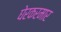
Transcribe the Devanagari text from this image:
घेरकरमार